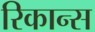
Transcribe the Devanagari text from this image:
रिकान्स